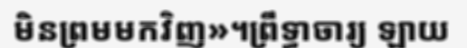
មិនព្រមមកវិញ»។ព្រឹទ្ធាចារ្យ ឡាយ